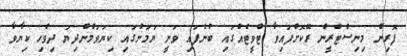
ފޮރިން މިނިސްޓްރީން ރޭކޮށްފައިވާ ޓްވީޓެއްގައި ބުނެފައި ވަނީ ޔަމަނުގައި ކިޔަވަމުންދިޔަ ދިވެހި ކިިޔާވާ